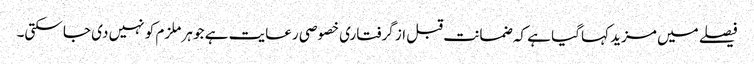
فیصلے میں مزید کہا گیا ہے کہ ضمانت قبل از گرفتاری خصوصی رعایت ہے جو ہر ملزم کو نہیں دی جا سکتی۔